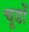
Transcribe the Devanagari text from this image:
चूडों